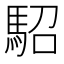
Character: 駋